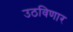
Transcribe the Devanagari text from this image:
उठविणार